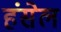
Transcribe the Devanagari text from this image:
हंसेल